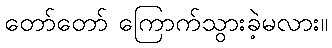
တော်တော် ကြောက်သွားခဲ့မလား။